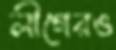
লীগেরও